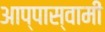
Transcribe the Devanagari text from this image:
आप्पास्वामीं